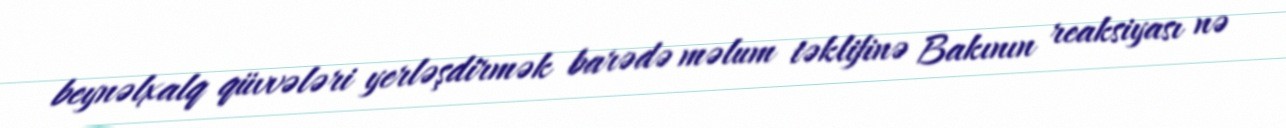
beynəlxalq qüvvələri yerləşdirmək barədə məlum təklifinə Bakının reaksiyası nə